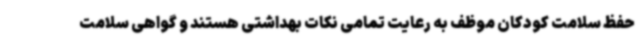
حفظ سلامت کودکان موظف به رعایت تمامی نکات بهداشتی هستند و گواهی سلامت